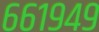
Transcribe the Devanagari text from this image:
६६१९४९